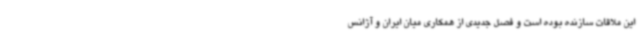
این ملاقات سازنده بوده است و فصل جدیدی از همکاری میان ایران و آژانس